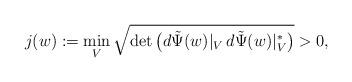
LaTeX: \begin{align*} j(w):=\min_V \sqrt{\det\big( d\tilde\Psi(w)|_V\, d\tilde\Psi(w)|_V^*\big) }>0,\end{align*}